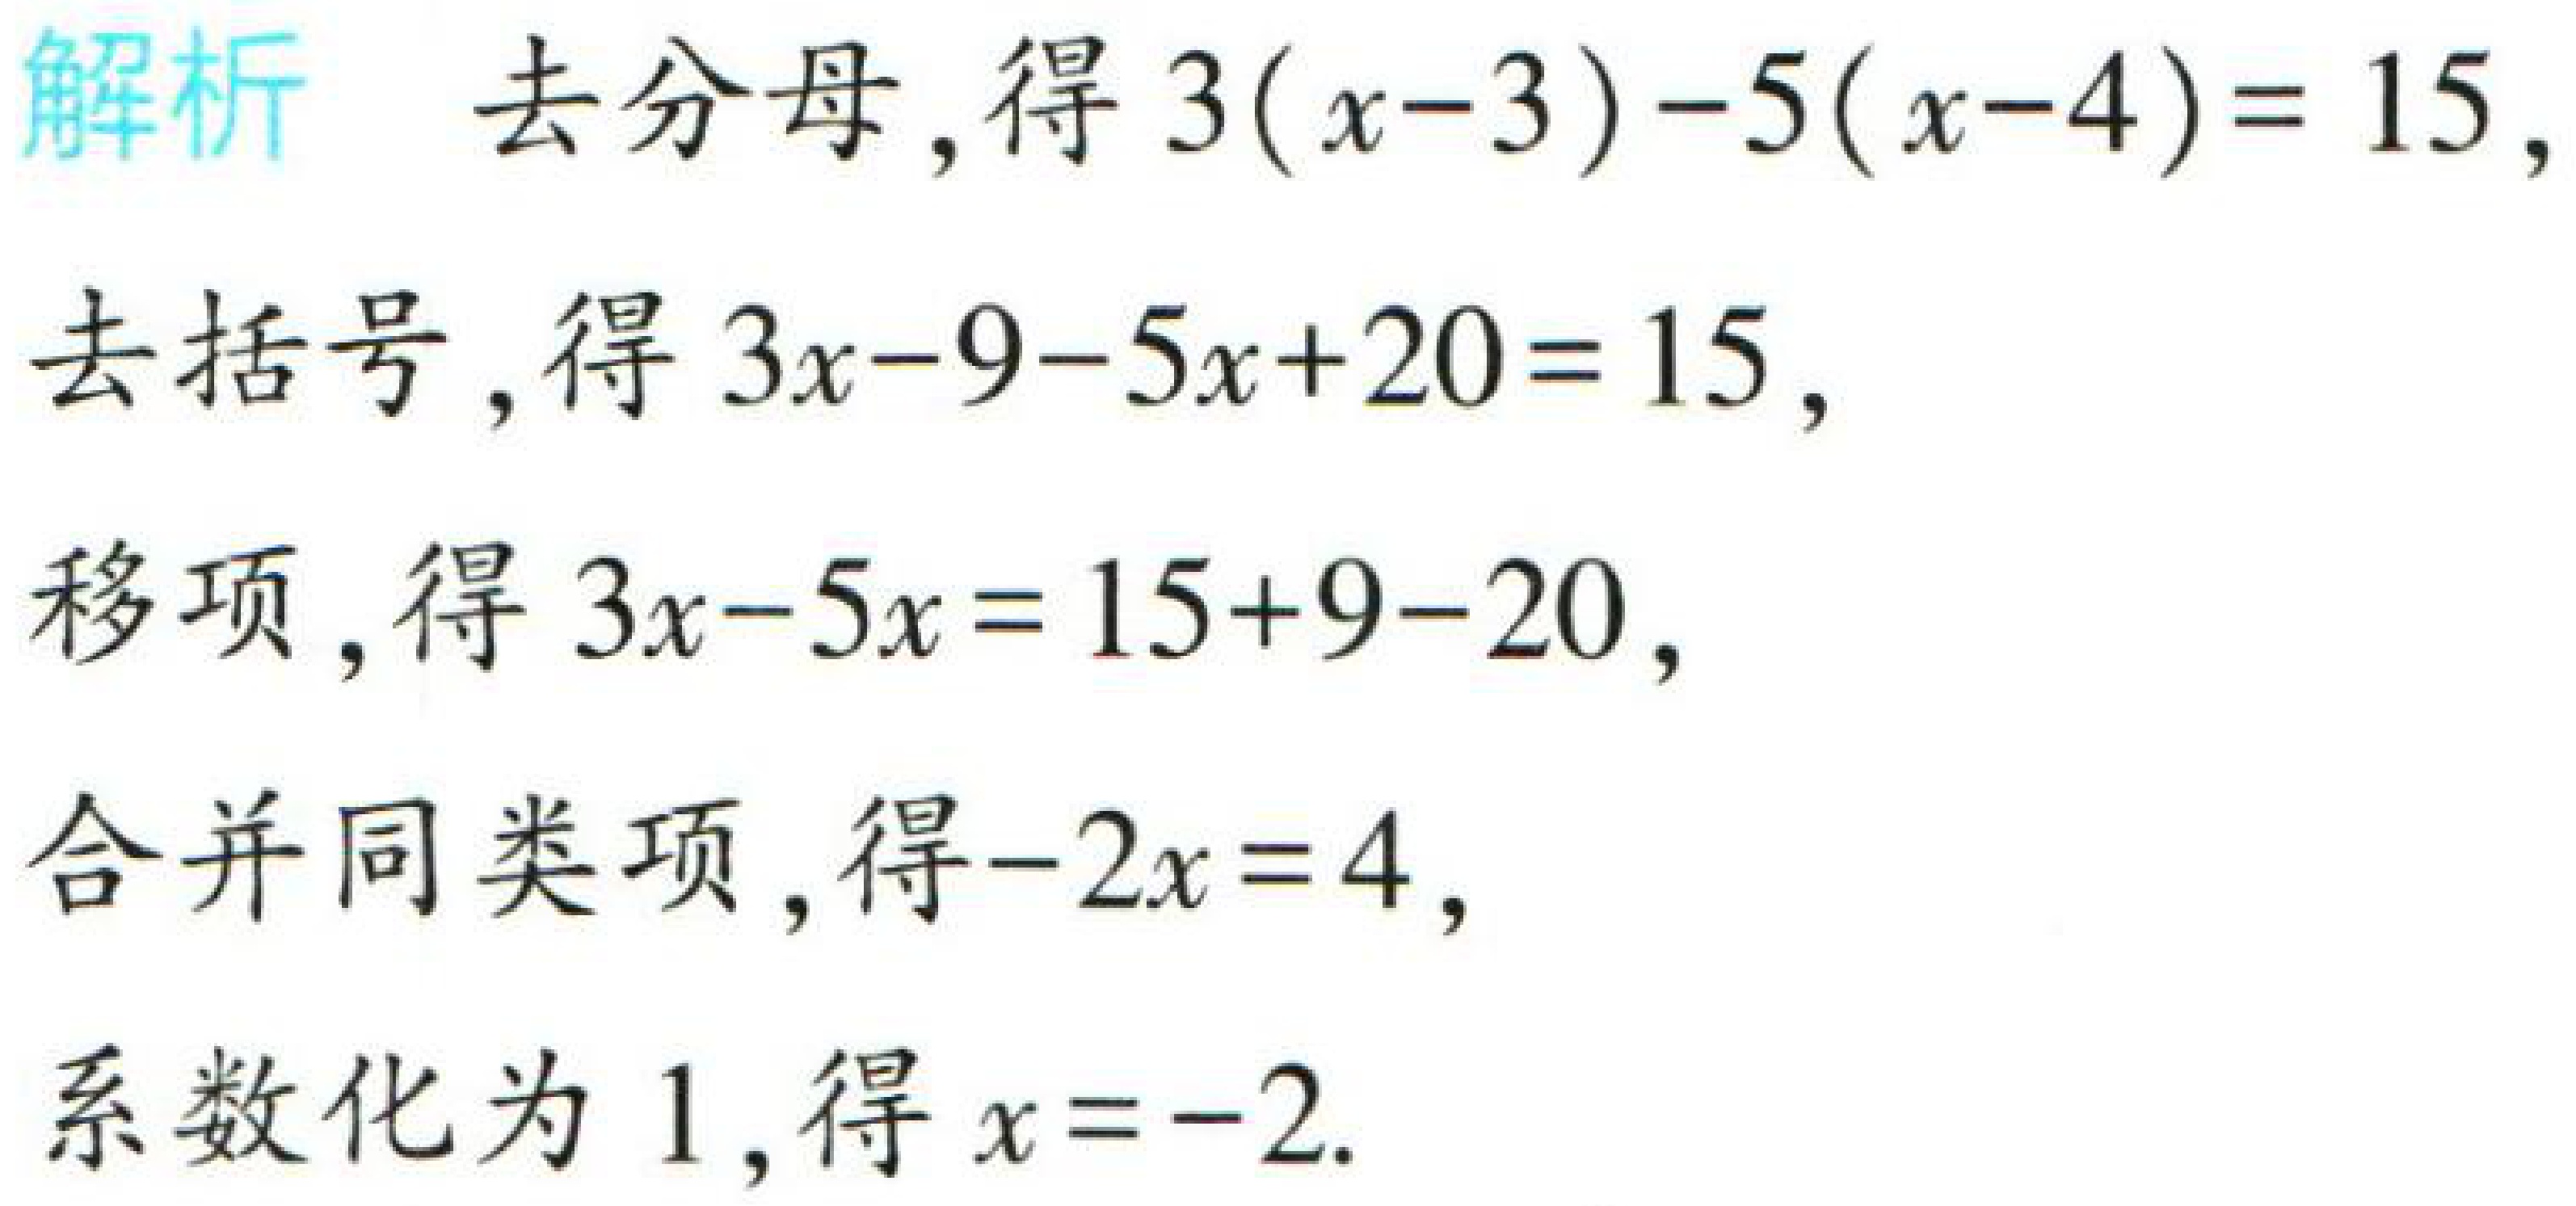
解析 去分母, 得 \(3(x - 3)-5(x - 4)=15\),

去括号, 得 \(3x-9-5x + 20=15\),

移项, 得 \(3x-5x=15 + 9-20\),

合并同类项, 得 \(-2x=4\),

系数化为 \(1\), 得 \(x=-2\).